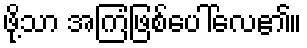
ဖို့သာ အကြံဖြစ်ပေါ်လေ၏။